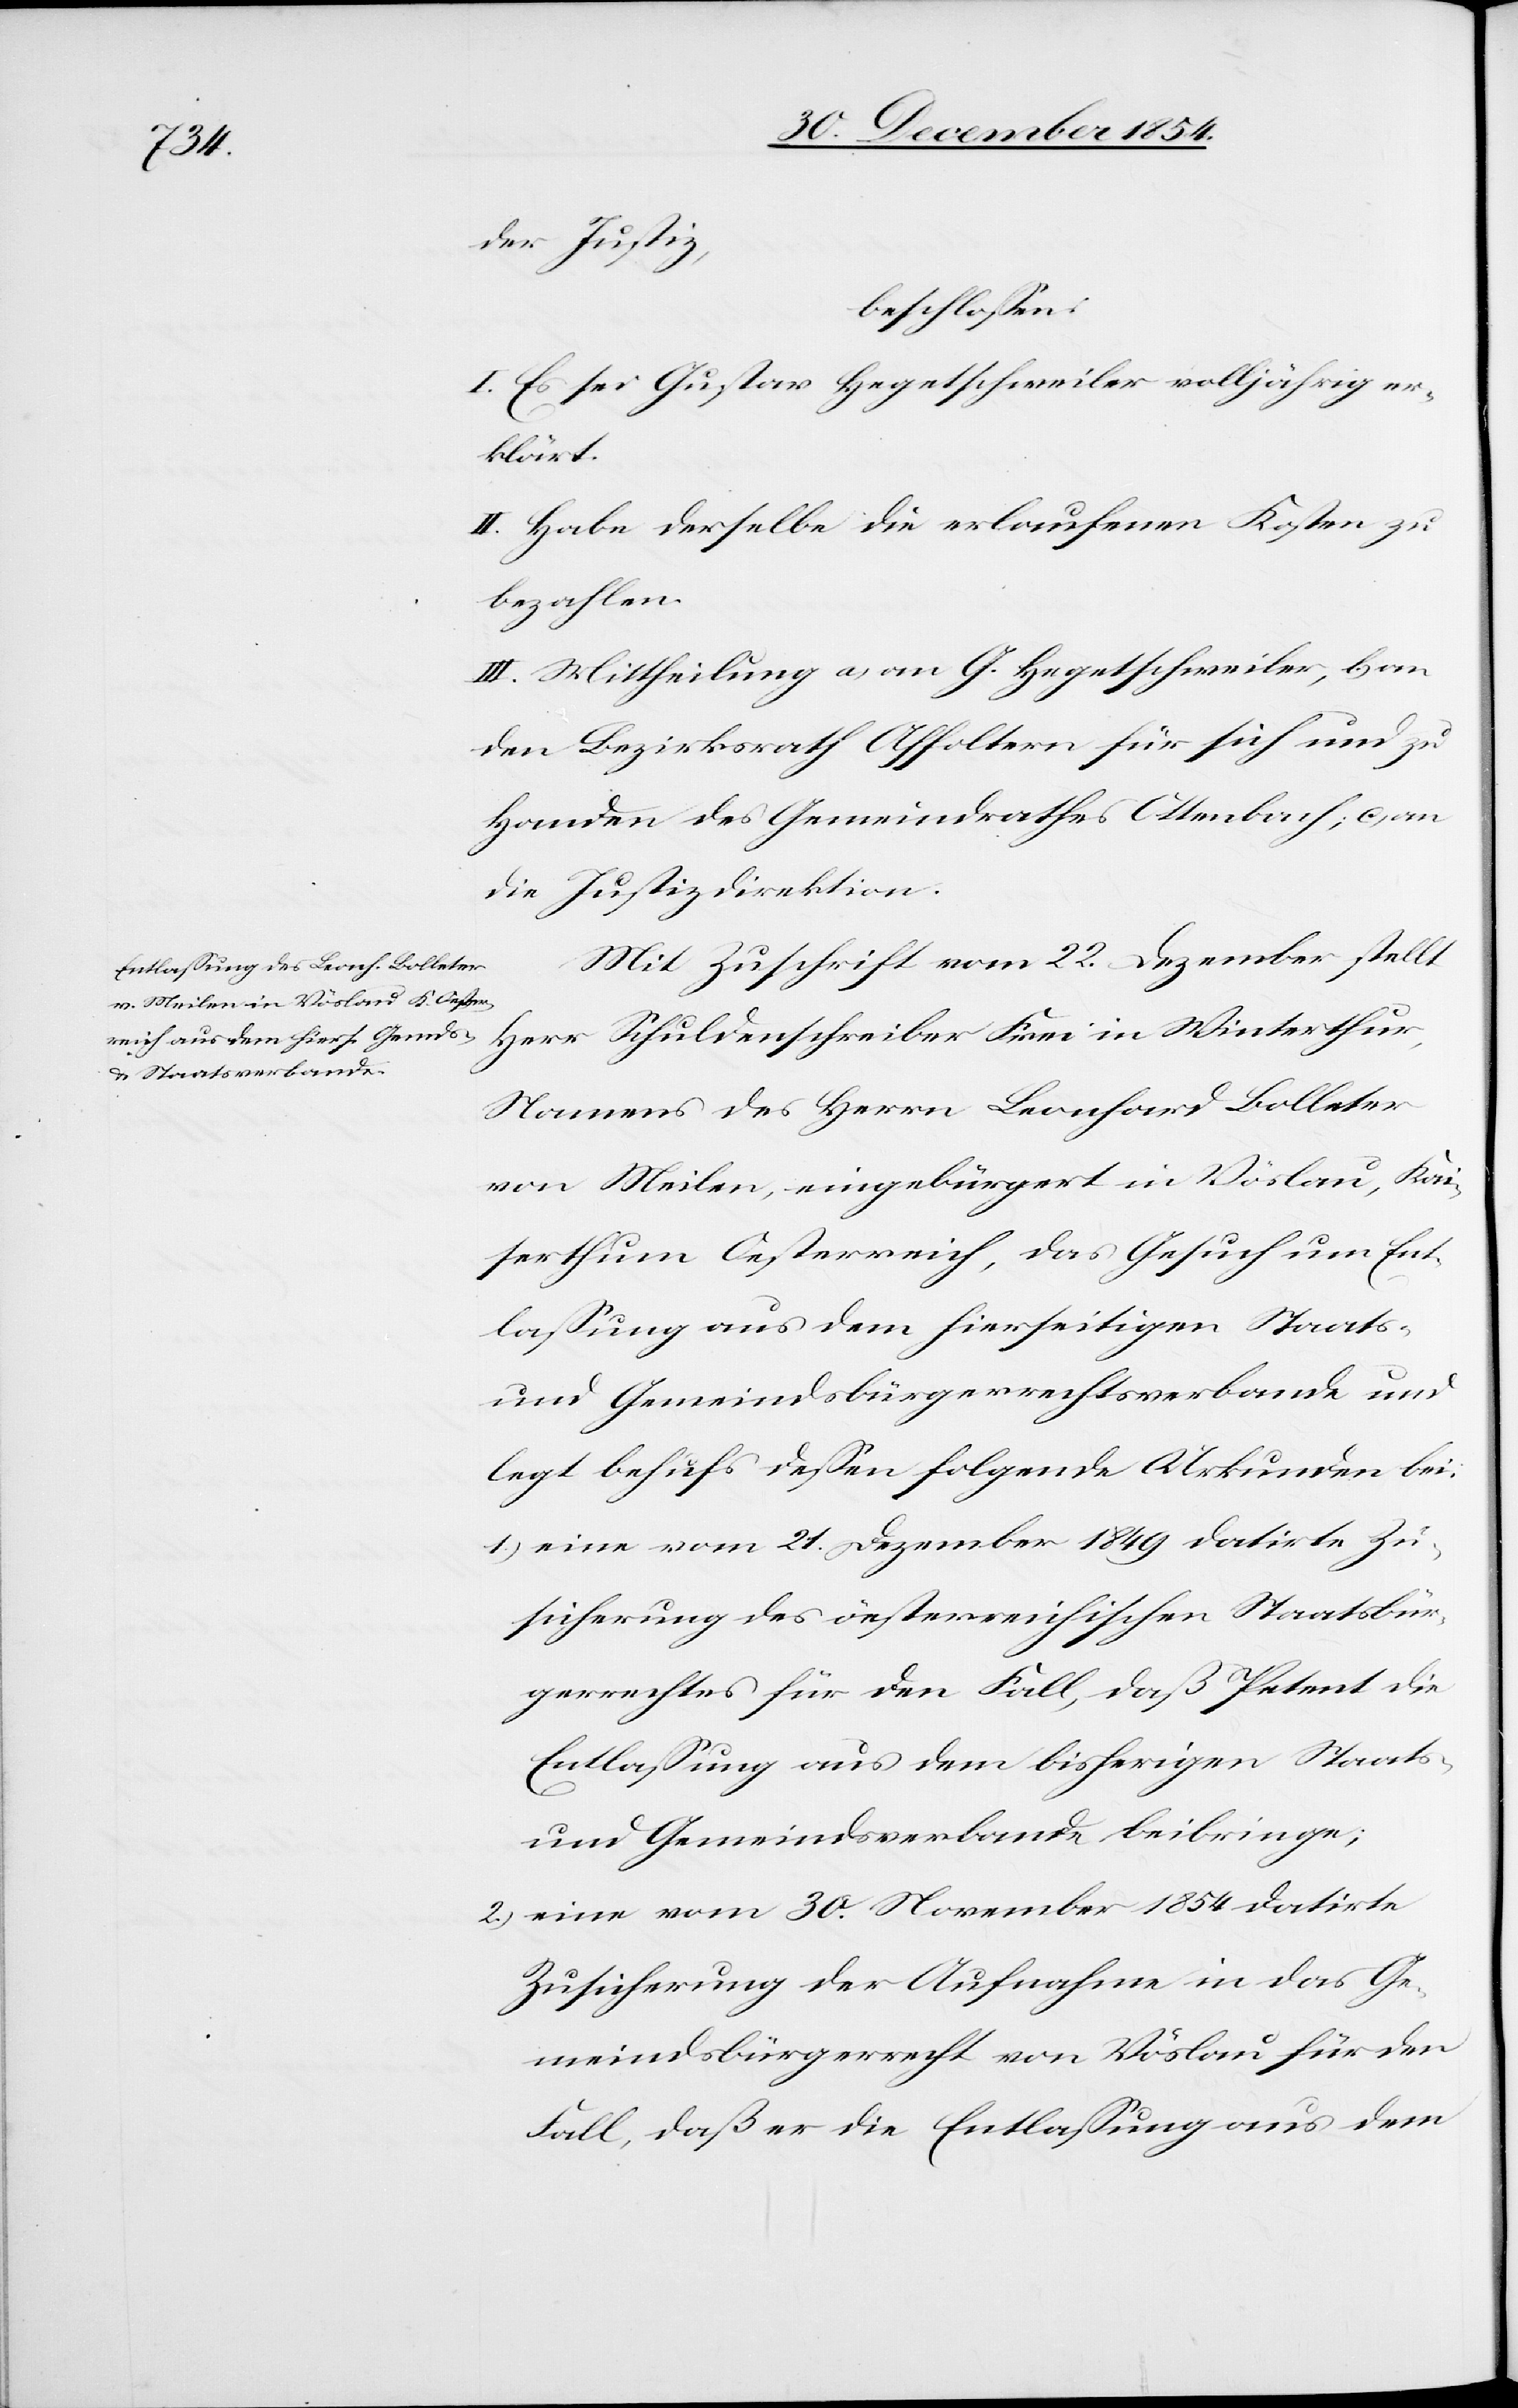
der Justiz,
beschloßen:
I. Es sei Gustav Hegetschweiler volljährig er¬
klärt.
II. Habe derselbe die erlaufenen Kosten zu
bezahlen.
III. Mittheilung a) an G. Hegetschweiler, b.) an
den Bezirksrath Affoltern für sich und zu
Handen des Gemeindrathes Ottenbach; c) an
die Justizdirektion.
Mit Zuschrift vom 22. Dezember stellt
Herr Schuldenschreiber Frei in Winterthur,
Namens des Herrn Leonhard Bolleter
von Meilen, eingebürgert in Vöslau, Kai¬
serthum Oesterreich, das Gesuch um Ent¬
laßung aus dem hierseitigen Staats-
und Gemeindsbürgerrechtsverbande und
legt behufs deßen folgende Urkunden bei:
1.) eine vom 21. Dezember 1849 datirte Zu¬
sicherung des öesterreichischen Staatsbür¬
gerrechtes für den Fall, daß Petent die
Entlaßung aus dem bisherigen Staats-
und Gemeindsverbande beibringe;
2.) eine vom 30. November 1854 datirte
Zusicherung der Aufnahme in das Ge¬
meindsbürgerrecht von Vöslau für den
Fall, daß er die Entlaßung aus dem